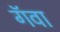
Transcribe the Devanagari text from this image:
गॅवा